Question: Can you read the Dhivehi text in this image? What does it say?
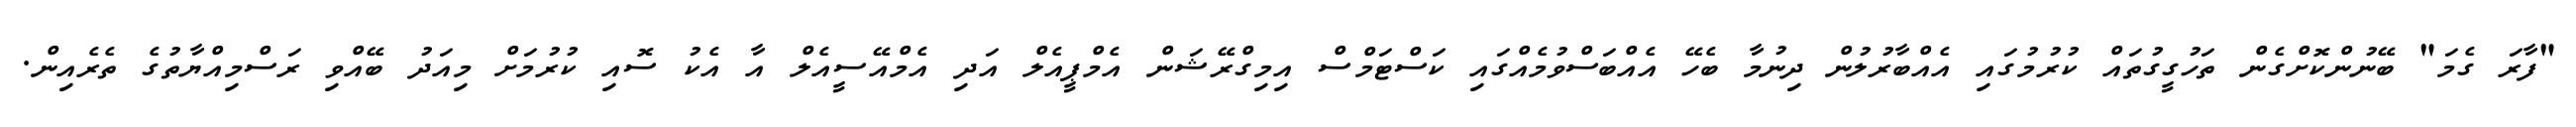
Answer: "ފާރަ ގެމަ" ބޭނުންކޮށްގެން ތަހުގީގުތައް ކުރުމުގައި އެއްބާރުލުން ދިނުމާ ބެހޭ އެއްބަސްވުމެއްގައި ކަސްޓަމްސް އިމިގްރޭޝަން އެމްޕީއެލް އަދި އެމްއޭސީއެލް އާ އެކު ސޮއި ކުރުމަށް މިއަދު ބޭއްވި ރަސްމިއްޔާތުގެ ތެރެއިން.